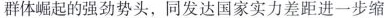
群体崛起的强劲势头，同发达国实力差距进一步缩